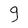
Character: 9